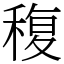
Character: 稪